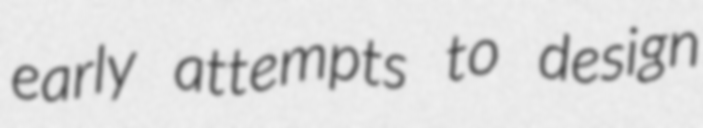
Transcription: early attempts to design